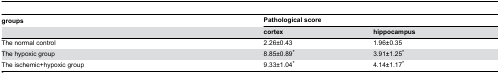
| groups | <COLSPAN=2> Pathological score |
 |  | cortex | hippocampus |
 | --- | --- | --- |
 | The normal control | 2.26±0.43 | 1.96±0.35 |
 | The hypoxic group | 8.85±0.89* | 3.91±1.25* |
 | The ischemic+hypoxic group | 9.33±1.04* | 4.14±1.17* |